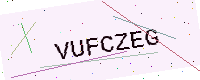
Text: VUFCZEG